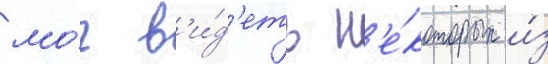
мо́г в'и́д'еть н'е́которых и́з